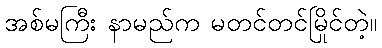
အစ်မကြီး နာမည်က မတင်တင်မြိုင်တဲ့။